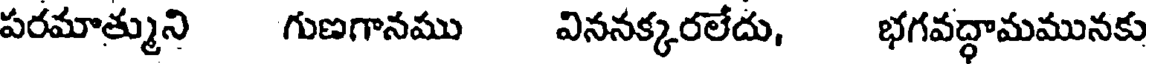
పరమాత్ముని గుణగానము విననక్కరలేదు, భగవద్ధామమునకు